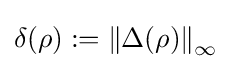
\delta (\rho ):=\left\|\Delta (\rho )\right\|_{\infty }